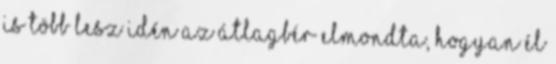
is több lesz idén az átlagbér Elmondta, hogyan él